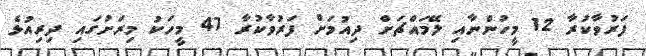
ފަރުވާކުރާ 12 މީހުންނާއި ލޭމައްޗަށް ދިއުމަށް ފަރުވާކުރާ 47 މީހަކު މިރަށުގައި ދިރިއުޅެ